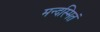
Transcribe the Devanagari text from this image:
मन्दस्मितं